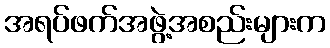
အရပ်ဖက်အဖွဲ့အစည်းများက